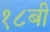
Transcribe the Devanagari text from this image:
१८बी